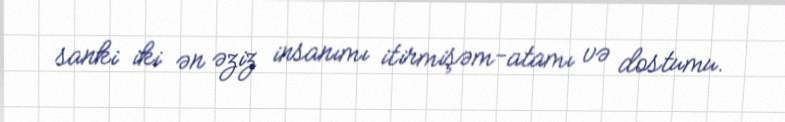
sanki iki ən əziz insanımı itirmişəm-atamı və dostumu.